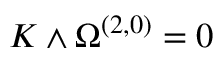
K \wedge \Omega ^ { ( 2 , 0 ) } = 0